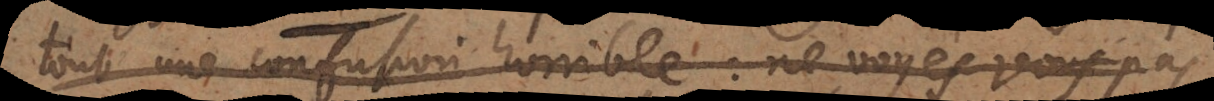
tout une confusion horrible: ne voyés vous pas